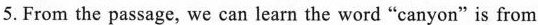
5.From the passage, we can learn the word "canyon" is from